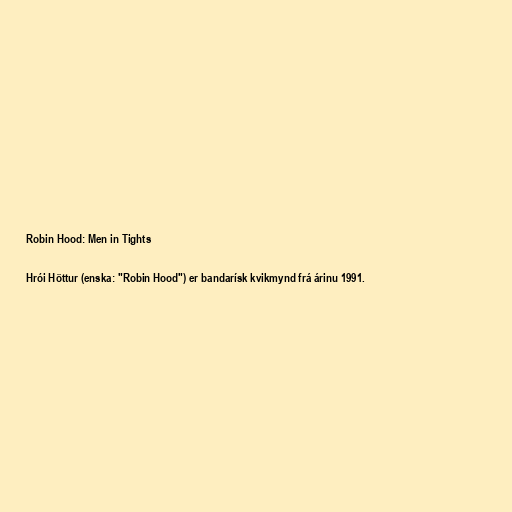
Robin Hood: Men in Tights

Hrói Höttur (enska: "Robin Hood") er bandarísk kvikmynd frá árinu 1991.